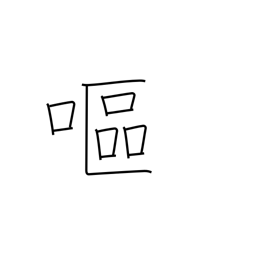
Meaning: nauseated